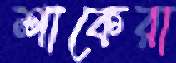
শাকেরা